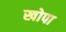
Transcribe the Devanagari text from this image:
खोपा